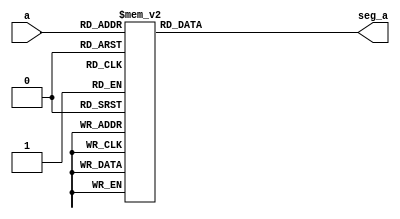
module sevenseg(a,seg_a);
	input [3:0]a;
	output [6:0]seg_a;
	reg [6:0]seg_a;
	always@(a)begin
		case(a)
			4'b0000:seg_a=7'b1000000;//0
			4'b0001:seg_a=7'b1111001;//1
			4'b0010:seg_a=7'b0100100;//2
			4'b0011:seg_a=7'b0110000;//3
			4'b0100:seg_a=7'b0011001;//4
			4'b0101:seg_a=7'b0010010;//5
			4'b0110:seg_a=7'b0000010;//6
			4'b0111:seg_a=7'b1111000;//7
			4'b1000:seg_a=7'b0000000;//8
			4'b1001:seg_a=7'b0011000;//9
			4'b1010:seg_a=7'b0001000;
			4'b1011:seg_a=7'b0000011;
			4'b1100:seg_a=7'b1000110;
			4'b1101:seg_a=7'b0100001;
			4'b1110:seg_a=7'b0001110;
			4'b1111:seg_a=7'b0001110;
			default:seg_a=7'b1111111;
		endcase
	end
endmodule